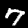
Digit: 7